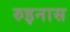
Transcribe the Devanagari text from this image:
रुइनास